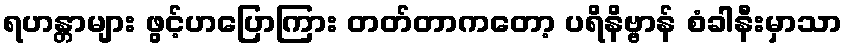
ရဟန္တာများ ဖွင့်ဟပြောကြား တတ်တာကတော့ ပရိနိဗ္ဗာန် စံခါနီးမှာသာ